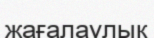
жағалаулык